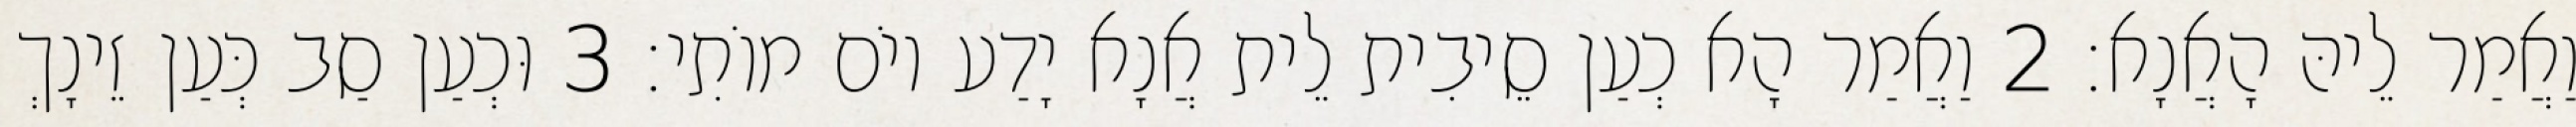
וַאֲמַר לֵיהּ הָאֲנָא׃ 2 וַאֲמַר הָא כְעַן סֵיבִית לֵית אֲנָא יָדַע יוֹם מוֹתִי׃ 3 וּכְעַן סַב כְּעַן זֵינָךְ